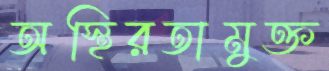
অস্থিরতামুক্ত